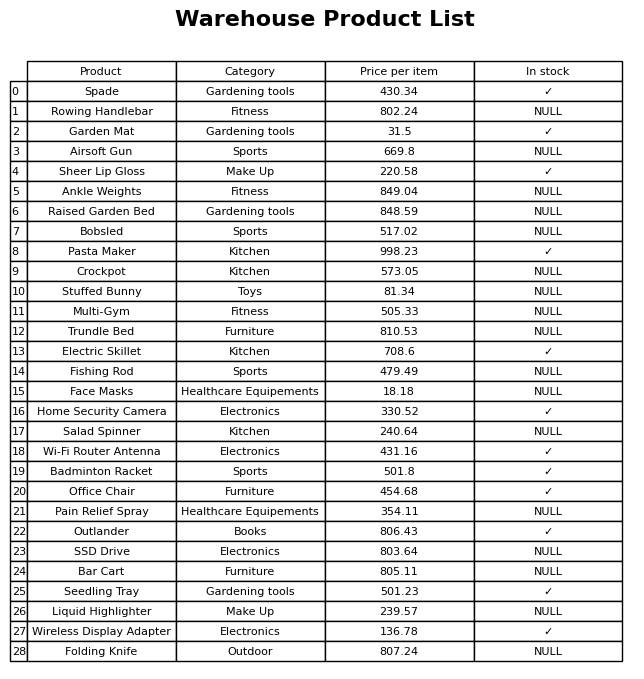
question: What is the price for Garden Mat?
answer: The price of Garden Mat is 31.5.